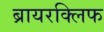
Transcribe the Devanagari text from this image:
ब्रायरक्लिफ